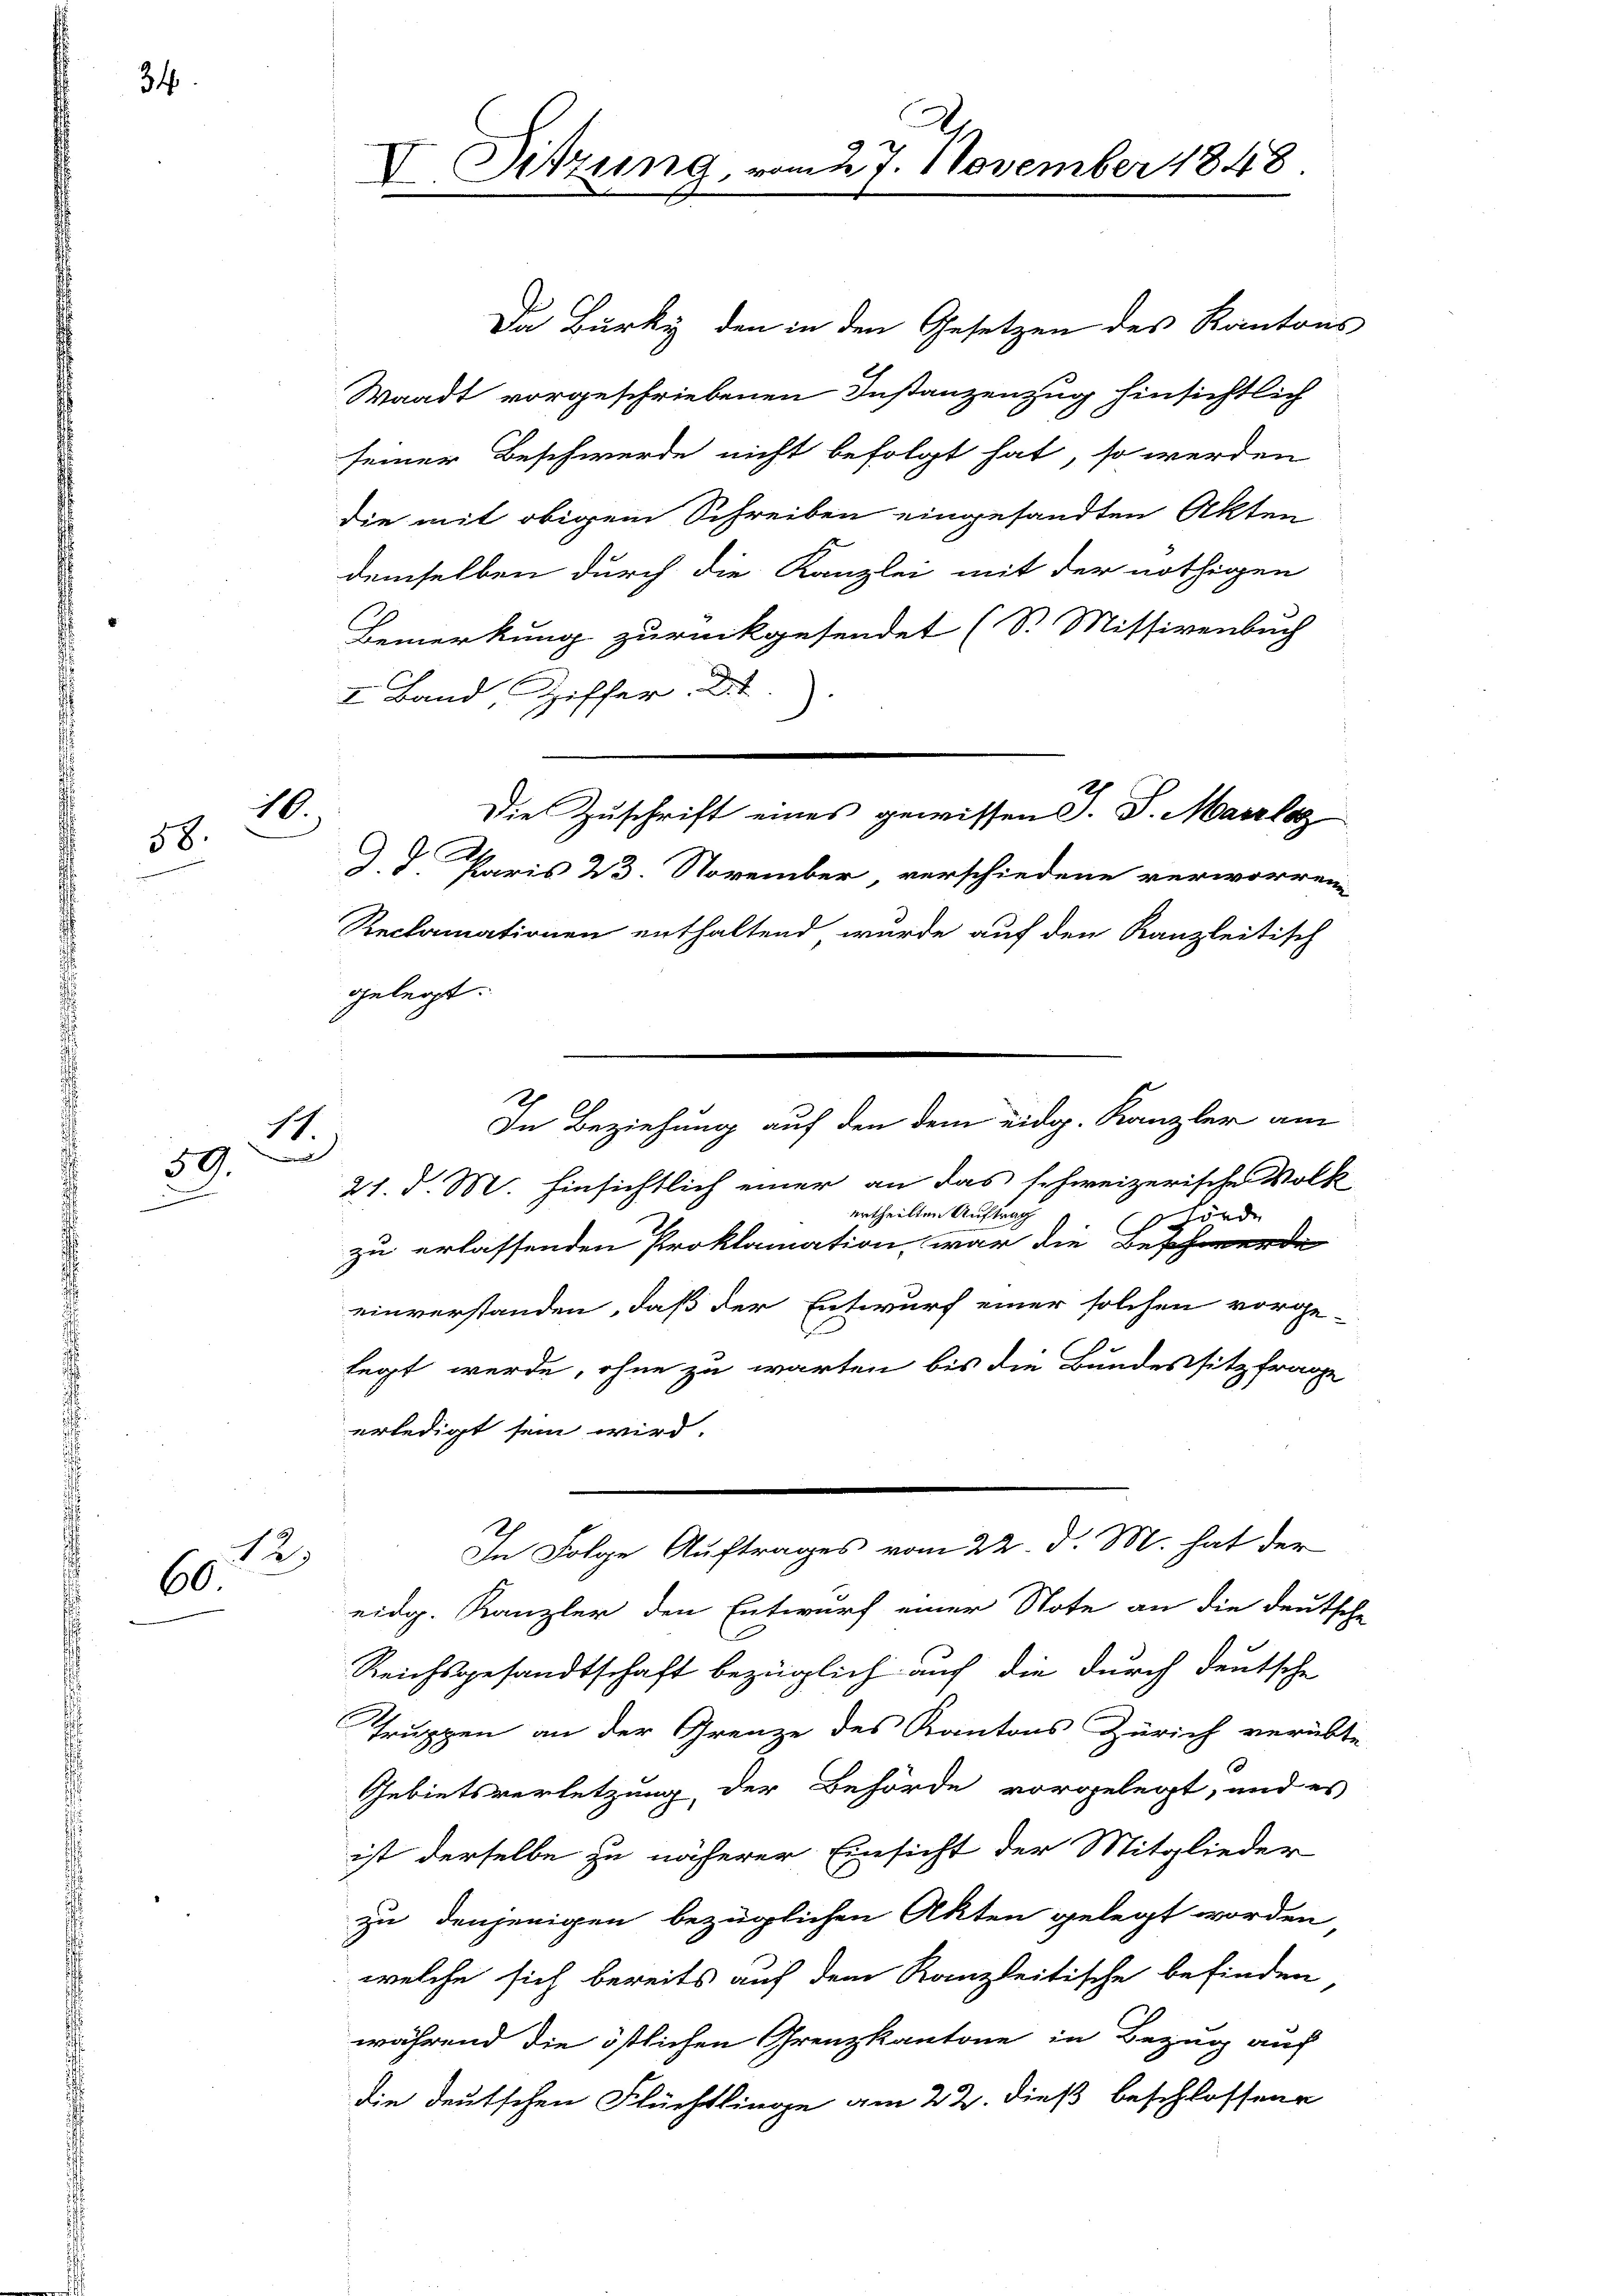
34

10.
58.

sich

59.
wenn einen

12)
60

V Sitzung,

Da Burky den in den Gesetzen des Kantons
Waadt vorgeschriebenen Instanzenzug hinsichtlich
seiner Beschwerde nicht befolgt hat, so werden
die mit obigem Schreiben eingesandten Akten
demselben durch die Kanzlei mit der nöthigen
Bemerkung zurückgesendet (S. Missivenbuch
I. Band, Ziffer. D
d
J. V. Paris 23. November verschiedene verworren
Reclamationen enthaltend wurde auf den Kanzleitisch
ggelegt.
21. d. M. hinsichtlich einer an das schweizerische Volk
ertheilten Auftrag
hörde
zu erlassenden Proklamation war die Beschwerde
einverstanden, daß der Entwurf einer solchen vorge-
legt werde, ohne zu warten bis die Bundessitzfrage
erledigt sein wird.
In Folge Auftrages vom 22. d. M. hat der
eidg. Kanzler den Entwurf einer Note an die deutsche
Reichsgesandtschaft bezüglich auf die durch deutsche
Truppen an der Grenze des Kantons Zürich verübte
Gebietsversetzung der Behörde vorgelegt, und es
ist derselbe zu näherer Einsicht der Mitglieder
zu denjenigen bezüglichen Akten gelegt worden
welche sich bereits auf dem Kanzleitische befinden
während die östlichen Grenzkantone in Bezug auf
die deutschen Flüchtlinge am 22. dieß beschlossene

Die Zuschrift eines gewissen J. J. Marclaz

In Beziehung auf den dem eidg. Kanzler am

am 27. November 1848.